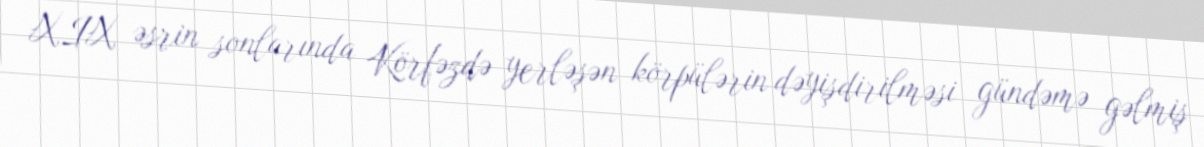
XIX əsrin sonlarında Körfəzdə yerləşən körpülərin dəyişdirilməsi gündəmə gəlmiş